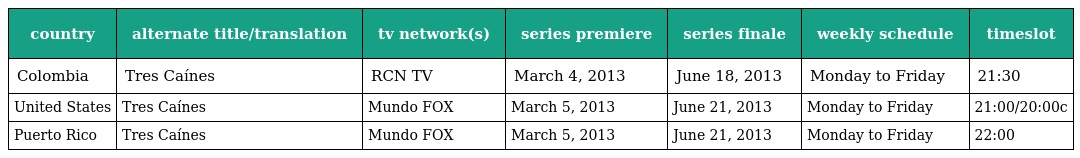
| country | alternate title/translation | tv network(s) | series premiere | series finale | weekly schedule | timeslot |
 | --- | --- | --- | --- | --- | --- | --- |
 | Colombia | Tres Caínes | RCN TV | March 4, 2013 | June 18, 2013 | Monday to Friday | 21:30 |
 | United States | Tres Caínes | Mundo FOX | March 5, 2013 | June 21, 2013 | Monday to Friday | 21:00/20:00c |
 | Puerto Rico | Tres Caínes | Mundo FOX | March 5, 2013 | June 21, 2013 | Monday to Friday | 22:00 |